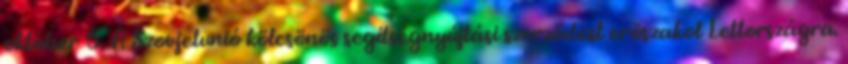
október 5. A Szovjetunió kölcsönös segítségnyújtási szerzõdést erõszakol Lettországra.